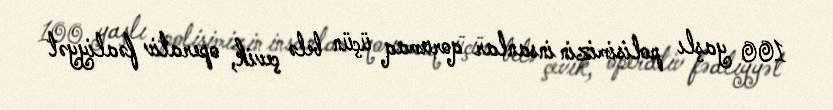
100 yaşlı polisimizin insanlar qorumaq üçün belə çevik, operativ fəaliyyət